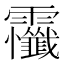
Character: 𲊔